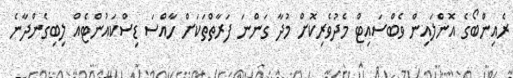
ރެއިންބޯގެ އޮންލައިން ވެބްސައިޓް މެދުވެރިކޮށް މުދާ ގަންނަ ފަރާތްތަކަށް ހާއްސަ ޑިސްކައުންޓެއް ލިބިގެންދާނެ